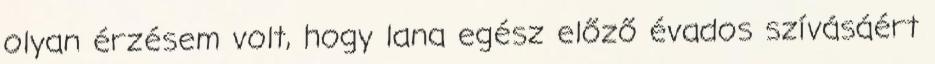
olyan érzésem volt, hogy lana egész előző évados szívásáért